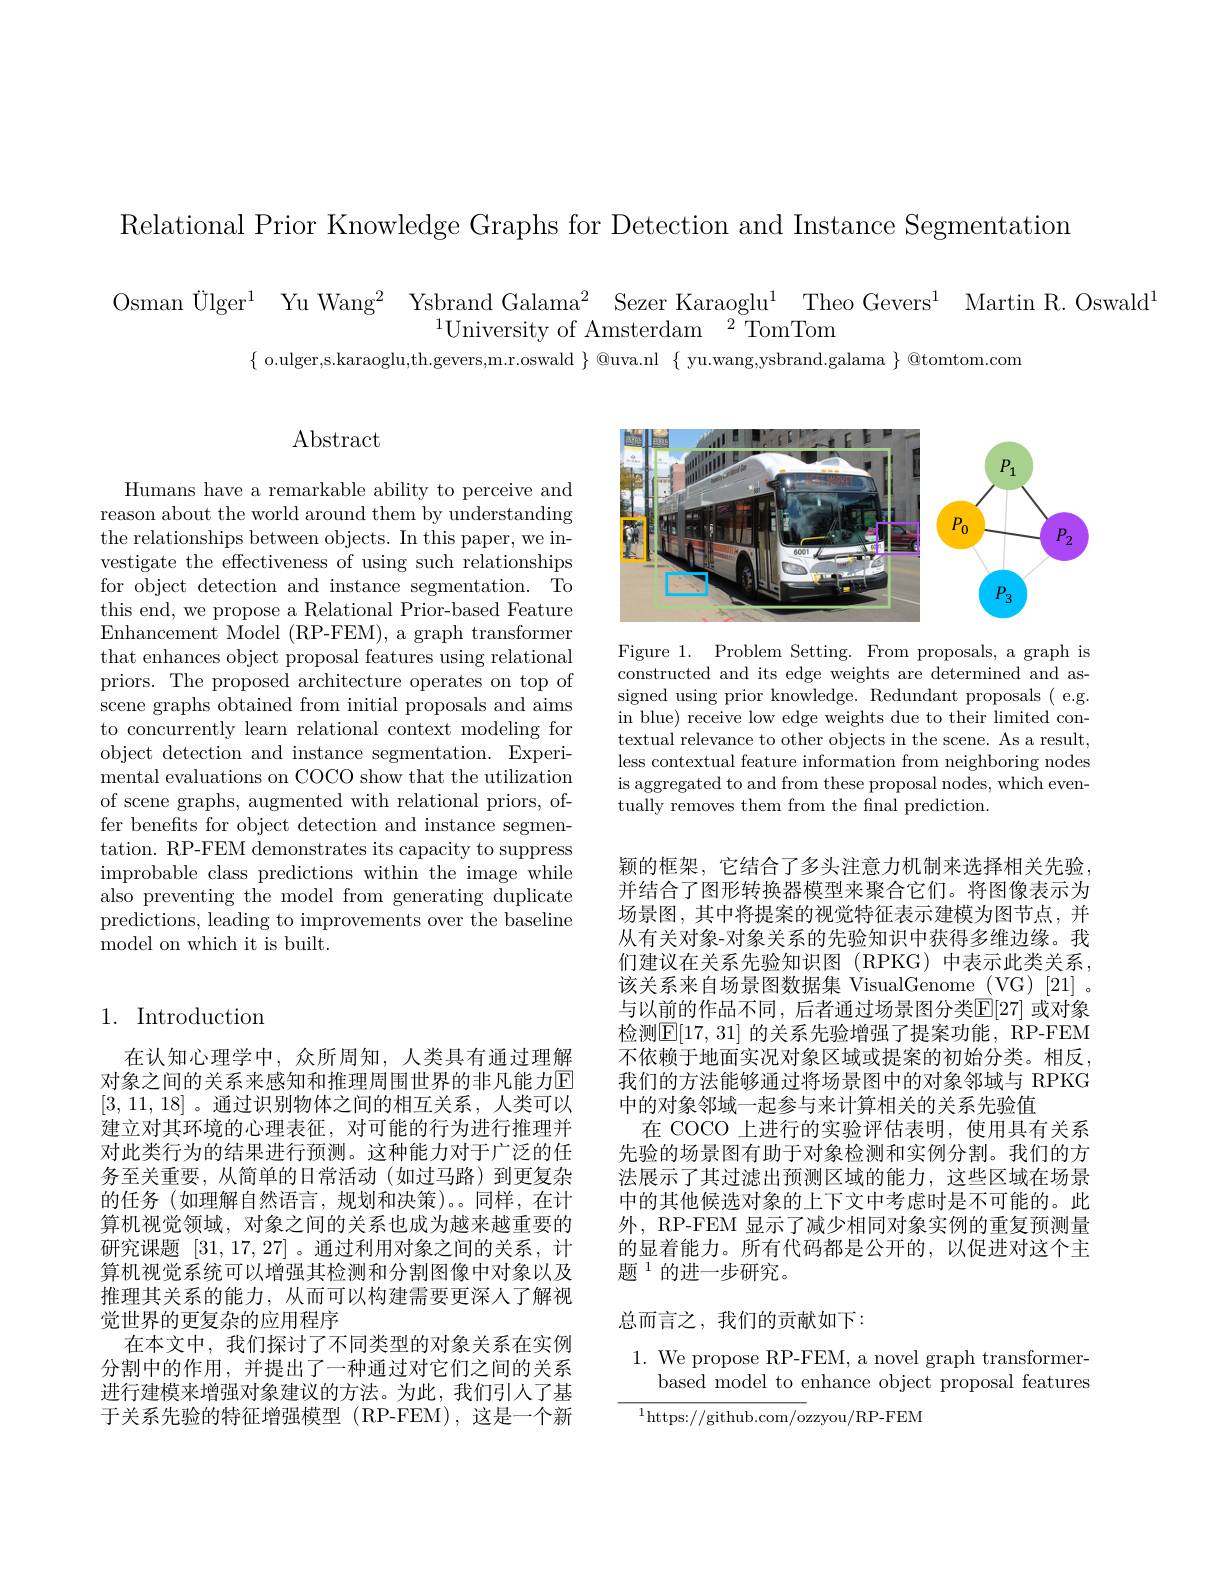
Relational Prior Knowledge Graphs for Detection and Instance Segmentation

Osman Ülger$^1$ Yu Wang$^2$ Ysbrand Galama$^2$ Sezer Karaoglu$^1$ Theo Gevers$^1$ Martin R.Oswald$^1$

$^{1}$University of Amsterdam$^2$TomTom

$\{$ o.ulger,s.karaoglu,th.gevers,m.r.oswald $\}$ @uva.nl $\{$ yu.wang,ysbrand.galama $\}$ @tomtom.com

## 1. Introduction

在认知心理学中，众所周知，人类具有通过理解对象之间的关系来感知和推理周围世界的非凡能力E [3,11,18]。通过识别物体之间的相互关系，人类可以建立对其环境的心理表征，对可能的行为进行推理并对此类行为的结果进行预测。这种能力对于广泛的任务至关重要，从简单的日常活动(如过马路)到更复杂的任务(如理解自然语言，规划和决策)。同样，在计算机视觉领域，对象之间的关系也成为越来越重要的研究课题[31,17,27] 。通过利用对象之间的关系，计算机视觉系统可以增强其检测和分割图像中对象以及推理其关系的能力，从而可以构建需要更深人了解视觉世界的更复杂的应用程序
在本文中，我们探讨了不同类型的对象关系在实例分割中的作用，并提出了一种通过对它们之间的关系进行建模来增强对象建议的方法。为此，我们引人了基于关系先验的特征增强模型(RP-FEM),这是一个新

## Abstract

Humans have a remarkable ability to perceive and reason about the world around them by understanding the relationships between objects. In this paper, we investigate the effectiveness of using such relationships for object detection and instance segmentation. To this end, we propose a Relational Prior-based Feature Enhancement Model (RP-FEM), a graph transformer that enhances object proposal features using relational priors. The proposed architecture operates on top of scene graphs obtained from initial proposals and aims to concurrently learn relational context modeling for object detection and instance segmentation. Experimental evaluations on COCO show that the utilization of scene graphs, augmented with relational priors, offer benefits for object detection and instance segmentation. RP-FEM demonstrates its capacity to suppress improbable class predictions within the image while also preventing the model from generating duplicate predictions, leading to improvements over the baseline model on which it is built.

<FigureHere>

Figure 1. Problem Setting. From proposals, a graph is constructed and its edge weights are determined and assigned using prior knowledge. Redundant proposals ( e.g. in blue) receive low edge weights due to their limited contextual relevance to other objects in the scene. As a result, less contextual feature information from neighboring nodes is aggregated to and from these proposal nodes, which eventually removes them from the fnal prediction.

颖的框架，它结合了多头注意力机制来选择相关先验并结合了图形转换器模型来聚合它们。将图像表示为场景图，其中将提案的视觉特征表示建模为图节点，并从有关对象-对象关系的先验知识中获得多维边缘。我们建议在关系先验知识图(RPKG)中表示此类关系， 该关系来自场景图数据集 VisualGenome (VG)[21]。与以前的作品不同，后者通过场景图分类$\mathbb{E}[27]$ 或对象检测$\mathbb{E}[17,31]$ 的关系先验增强了提案功能，RP-FEM 不依赖于地面实况对象区域或提案的初始分类。相反， 我们的方法能够通过将场景图中的对象邻域与 RPKG 中的对象邻域一起参与来计算相关的关系先验值
在 COCO 上进行的实验评估表明，使用具有关系先验的场景图有助于对象检测和实例分割。我们的方法展示了其过滤出预测区域的能力，这些区域在场景中的其他候选对象的上下文中考虑时是不可能的。此外，RP-FEM 显示了减少相同对象实例的重复预测量的显着能力。所有代码都是公开的，以促进对这个主题 $^{1}$的进一步研究。

### 总而言之，我们的贡献如下：

## 1. We propose RP-FEM, a novel graph transformerbased model to enhance object proposal features

$^{1}$https://github.com/ozzyou/RP-FEM